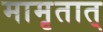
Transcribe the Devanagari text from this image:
मामृतात्